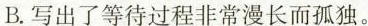
B.写出了等待过程非常漫长而孤独。